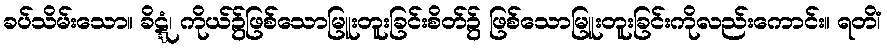
ခပ်သိမ်းသော။ ခိဋ္ဋံ၊ ကိုယ်၌ဖြစ်သောမြူးတူးခြင်းစိတ်၌ ဖြစ်သောမြူးတူးခြင်းကိုလည်းကောင်း။ ရတိံ၊